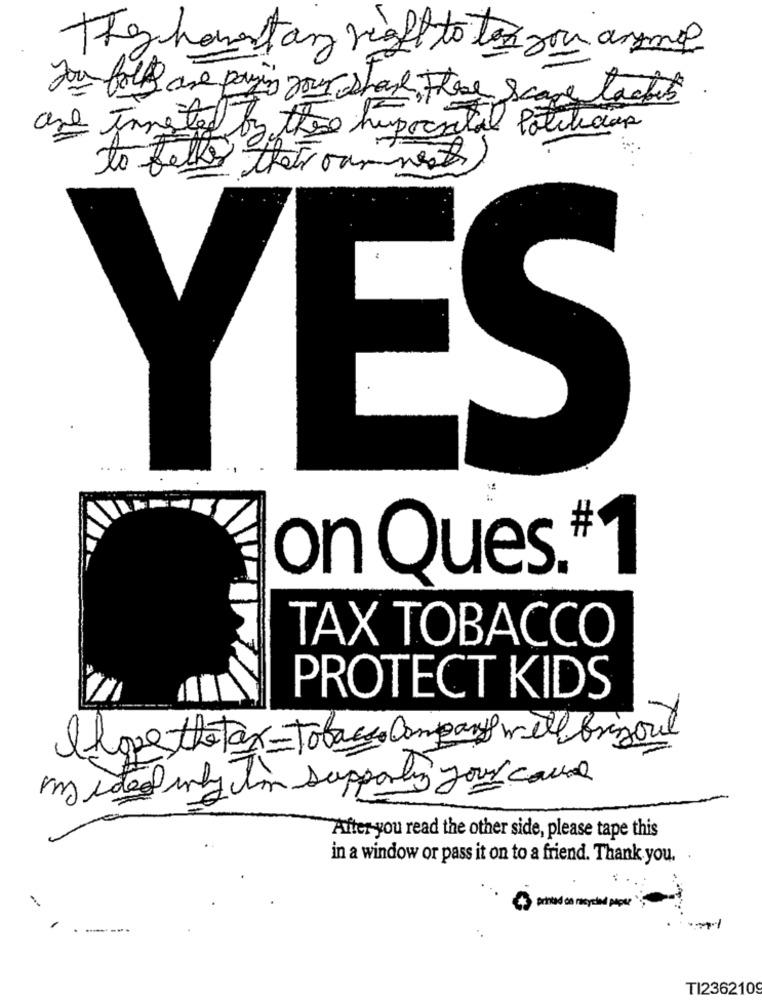
They homestay right to tex sou assume
you folks are paying your share those scare tactics
and tamente by these hipocatal Potilidar
to folks that ourmets
YES
on Ques.#1
TAX TOBACCO
PROTECT KIDS
Ihope the tax= Tobacco Company will bringout
Im ided why I'm supporting your cause
After you read the other side, please tape this
in a window or pass it on to a friend. Thank you.
printed on recycled pepe
TI2362109